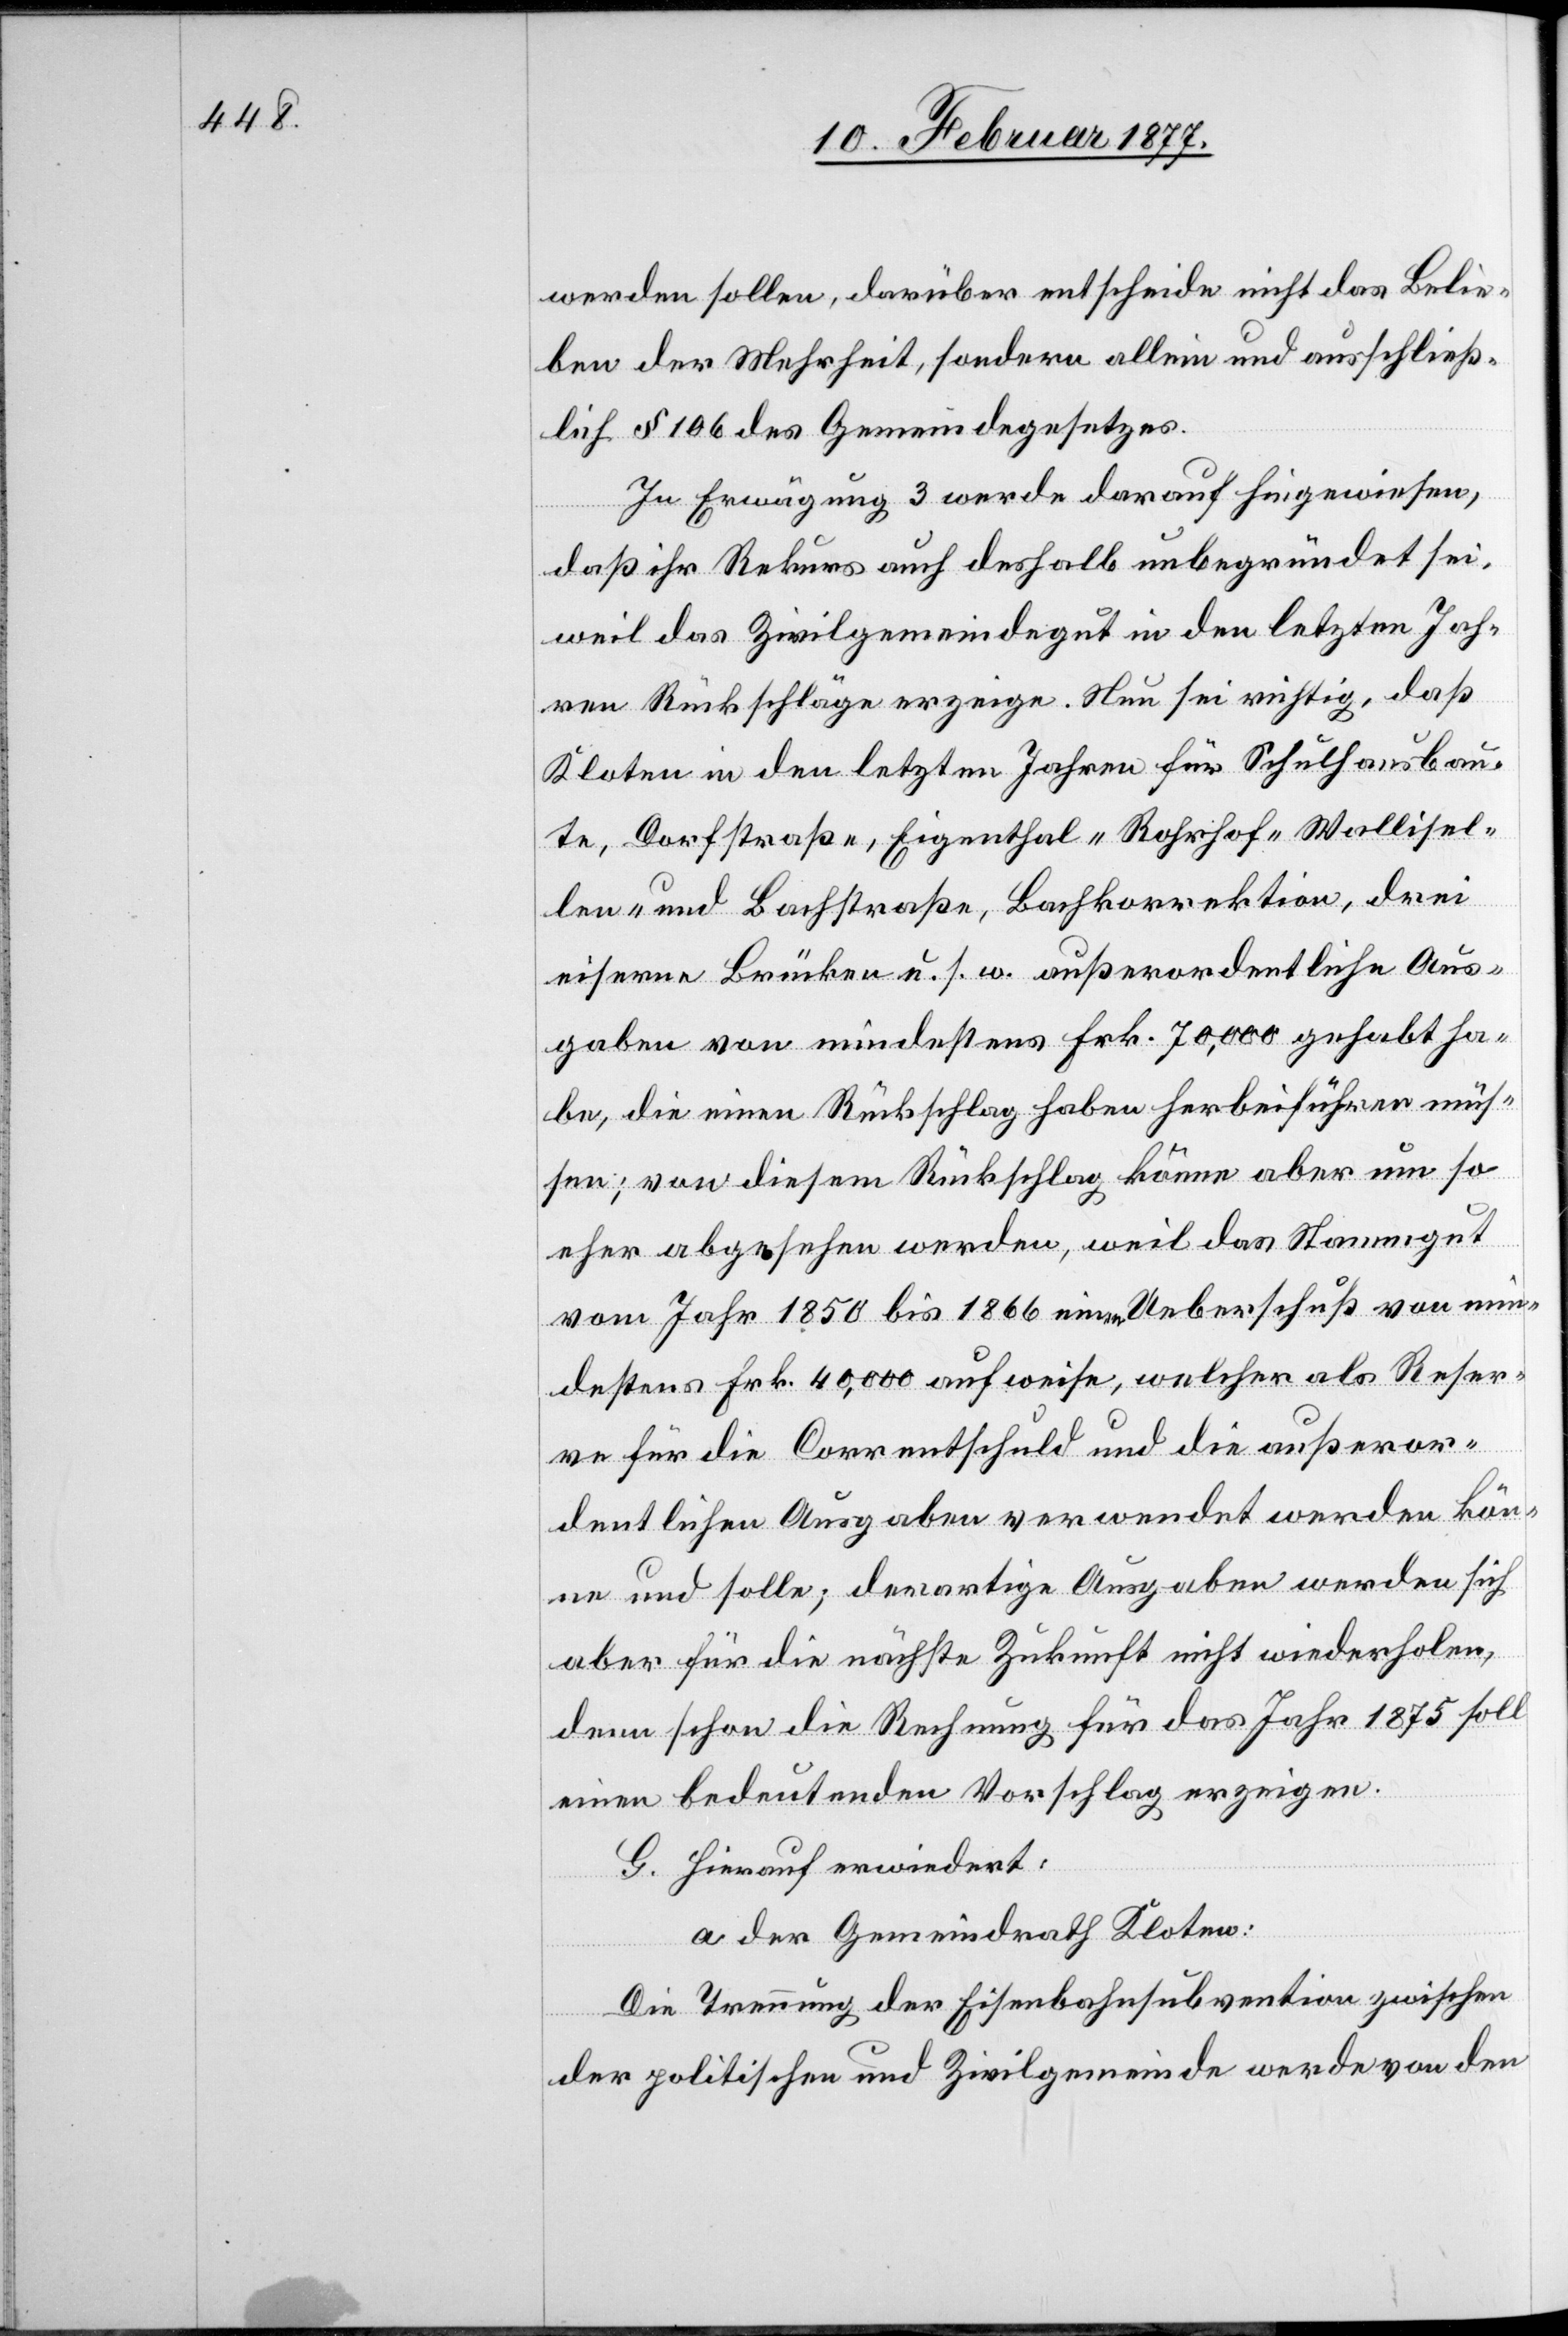
werden sollen, darüber entscheide nicht das Belie¬
ben der Mehrheit, sondern allein und ausschließ¬
lich § 106 des Gemeindegesetzes.
In Erwägung 3 werde darauf hingewiesen,
daß ihr Rekurs auch deshalb unbegründet sei,
weil das Zivilgemeindegut in den letzten Jah¬
ren Rückschläge erzeige. Nun sei richtig, daß
Kloten in den letzten Jahren für Schulhausbau¬
te, Dorfstraße, Eigenthal- Rohrhof- Wallisel¬
len- und Bachstraße, Bachkorrektion, drei
eiserne Brücken u. s. w. außerordentliche Aus¬
gaben von mindestens Frk. 70,000 gehabt ha¬
be, die einen Rückschlag haben herbeiführen müs¬
sen; von diesem Rückschlag könne aber um so
eher abgesehen werden, weil das Stammgut
vom Jahr 1850 bis 1866 einen Ueberschuß von min¬
destens Frk. 40,000 aufweise, welcher als Reser¬
ve für die Correntschuld und die außeror¬
dentlichen Ausgaben verwendet werden kön¬
ne und solle; derartige Ausgaben werden sich
aber für die nächste Zukunft nicht wiederholen,
denn schon die Rechnung für das Jahr 1875 soll
einen bedeutenden Vorschlag erzeigen.
G. Hierauf erwiedert:
a. der Gemeindrath Kloten:
Die Trennung der Eisenbahnsubvention zwischen
der politischen und Zivilgemeinde werde von den